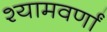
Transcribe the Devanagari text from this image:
श्यामवर्णां